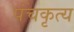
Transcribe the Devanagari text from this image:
पंचकृत्य